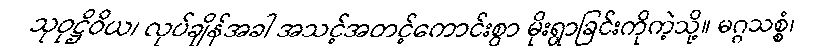
သုဝုဋ္ဌိဝိယ၊ လုပ်ချိန်အခါ အသင့်အတင့်ကောင်းစွာ မိုးရွာခြင်းကိုကဲ့သို့။ မဂ္ဂသစ္စံ၊